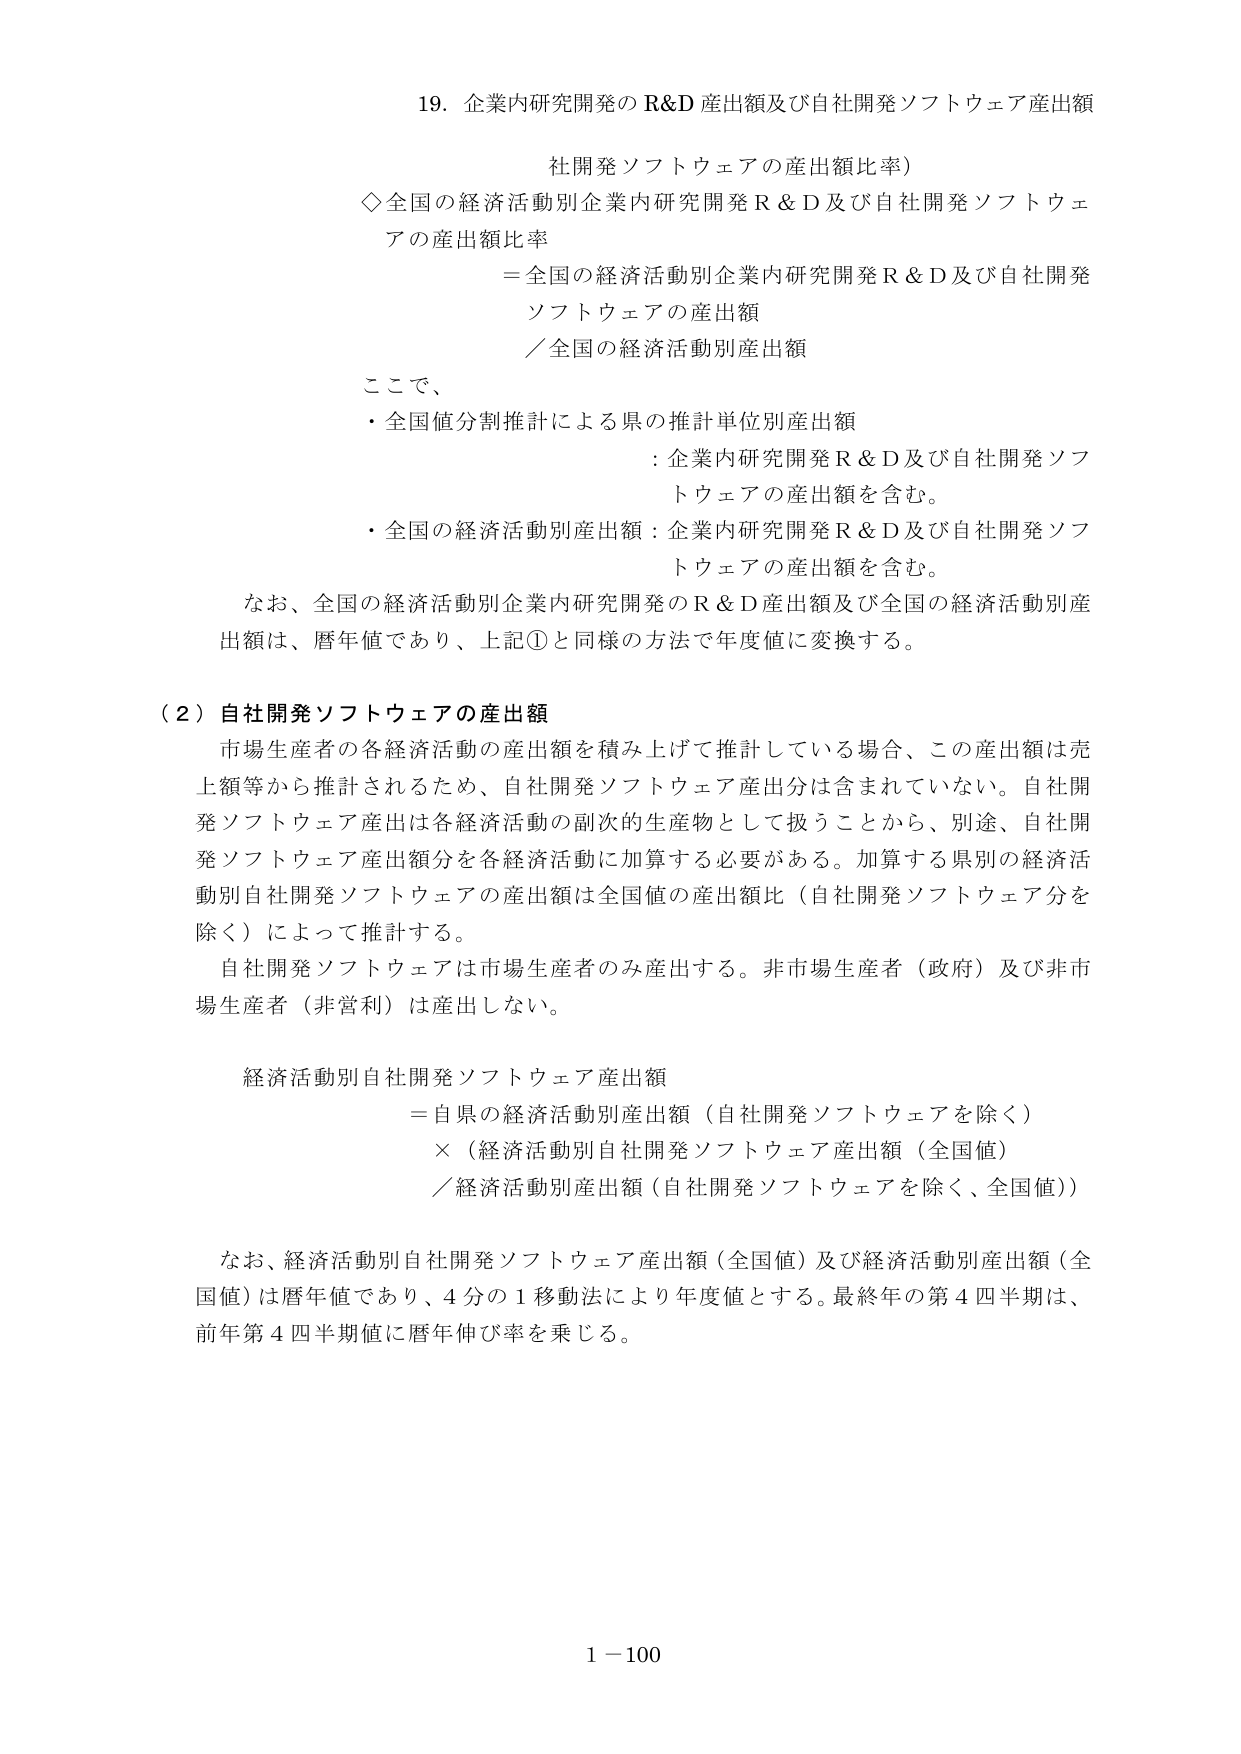
19. 企業内研究開発の R&D 産出額及び自社開発ソフトウェア産出額

社開発ソフトウェアの産出額比率）

◇全国の経済活動別企業内研究開発 R & D 及び自社開発ソフトウェアの産出額比率
＝全国の経済活動別企業内研究開発 R & D 及び自社開発ソフトウェアの産出額
／全国の経済活動別産出額

ここで、
・全国値分割推計による県の推計単位別産出額
：企業内研究開発 R & D 及び自社開発ソフトウェアの産出額を含む。
・全国の経済活動別産出額：企業内研究開発 R & D 及び自社開発ソフトウェアの産出額を含む。

なお、全国の経済活動別企業内研究開発の R & D 産出額及び全国の経済活動別産出額は、暦年値であり、上記①と同様の方法で年度値に変換する。

（2）自社開発ソフトウェアの産出額

市場生産者の各経済活動の産出額を積み上げて推計している場合、この産出額は売上額等から推計されるため、自社開発ソフトウェア産出分は含まれていない。自社開発ソフトウェア産出は各経済活動の副次的生産物として扱うことから、別途、自社開発ソフトウェア産出額分を各経済活動に加算する必要がある。加算する県別の経済活動別自社開発ソフトウェアの産出額は全国値の産出額比（自社開発ソフトウェア分を除く）によって推計する。

自社開発ソフトウェアは市場生産者のみ産出する。非市場生産者（政府）及び非市場生産者（非営利）は産出しない。

経済活動別自社開発ソフトウェア産出額
＝自県の経済活動別産出額（自社開発ソフトウェアを除く）
×（経済活動別自社開発ソフトウェア産出額（全国値）
／経済活動別産出額（自社開発ソフトウェアを除く、全国値））

なお、経済活動別自社開発ソフトウェア産出額（全国値）及び経済活動別産出額（全国値）は暦年値であり、4分の1移動法により年度値とする。最終年の第4四半期は、前年第4四半期値に暦年伸び率を乗じる。

1－100